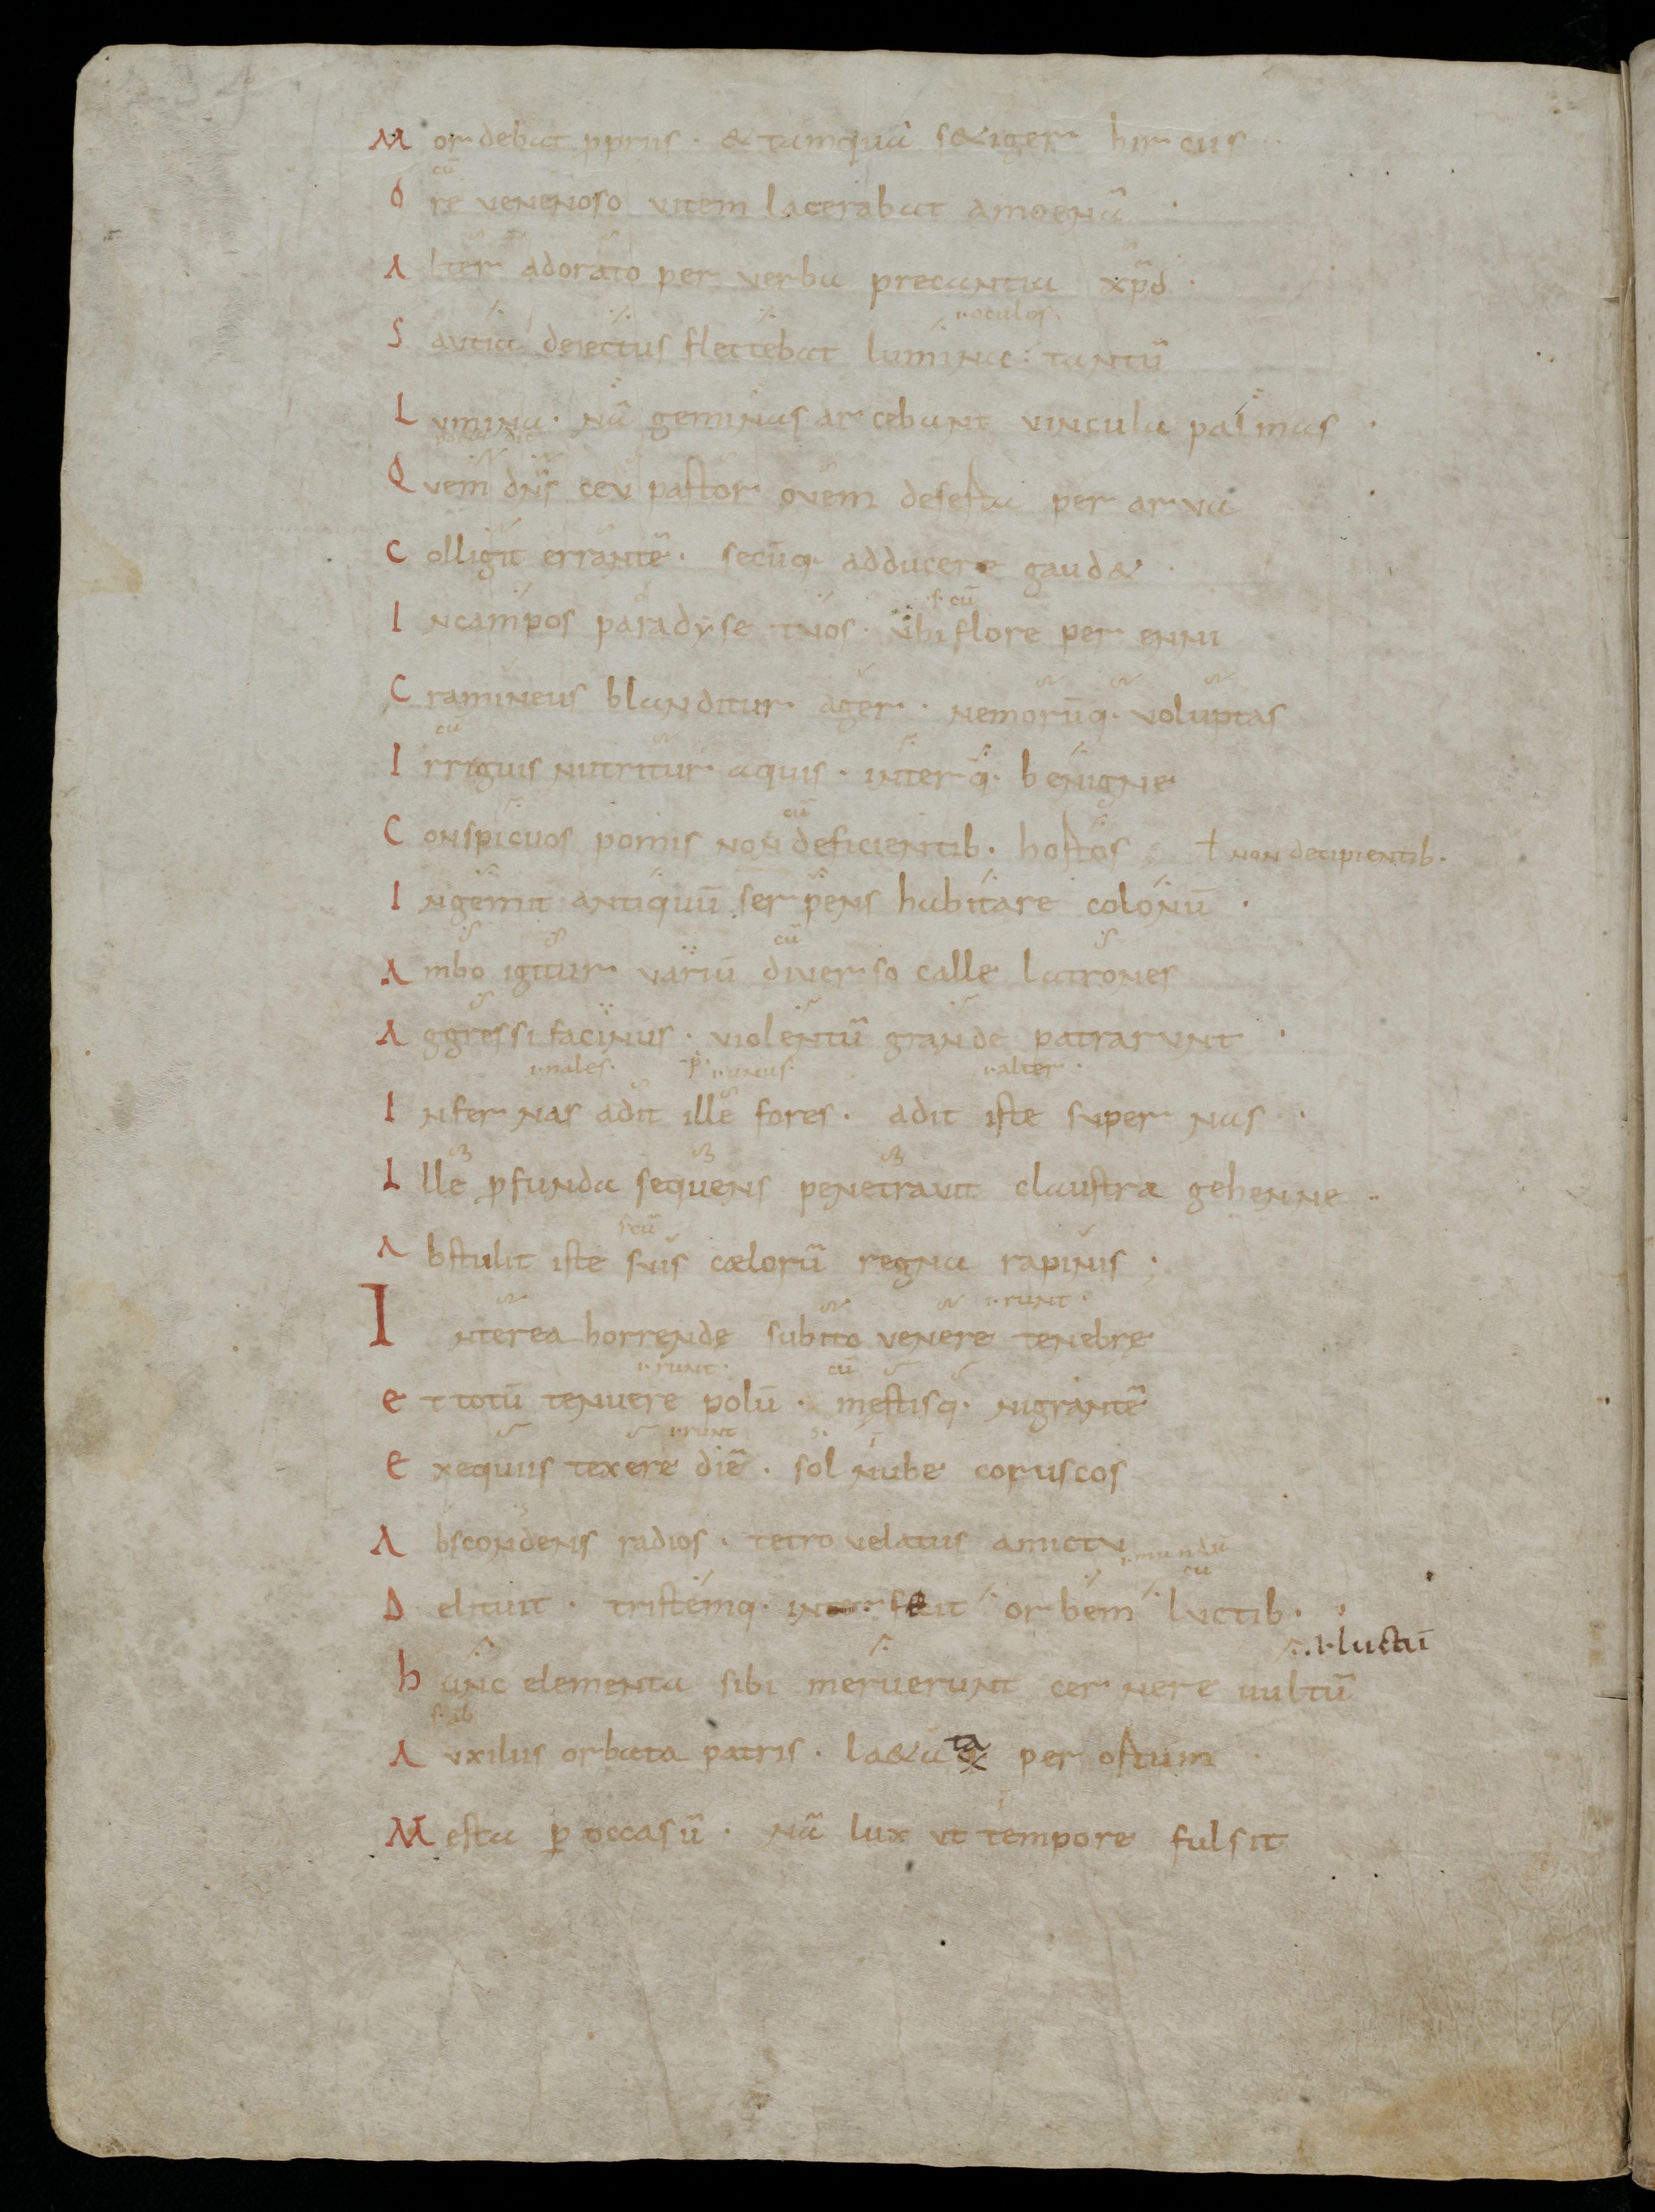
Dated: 900–999